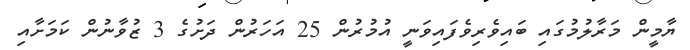
ޔާމީން މަރާލުމުގައި ބައިވެރިވެފައިވަނީ އުމުރުން 25 އަހަރުން ދަށުގެ 3 ޒުވާނުން ކަމަށާއި